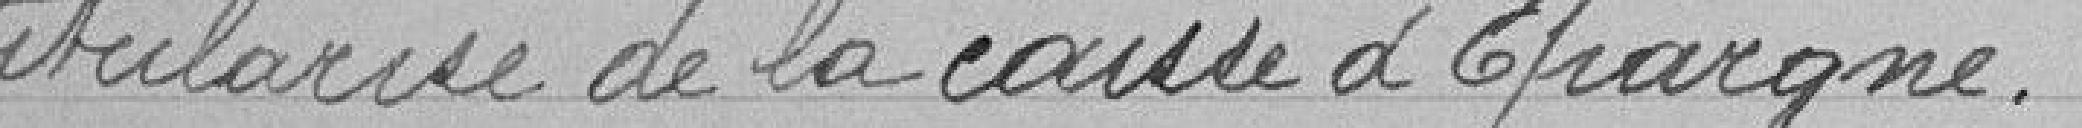
titulaire de la caisse d'Epargne.